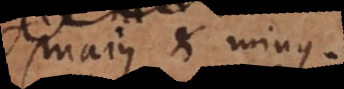
majus et minus.